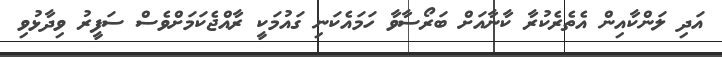
އަދި ލަންކާއިން އެތެރެކުރާ ކާނާއަށް ބަރޯސާވާ ހަމައެކަނި ގައުމަކީ ރާއްޖެކަމަށްވެސް ސަފީރު ވިދާޅުވި